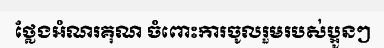
ថ្លែងអំណរគុណ ចំពោះការចូលរួមរបស់ប្អូនៗ